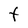
Character: F